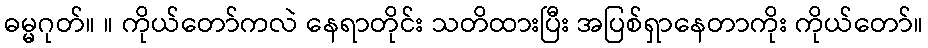
ဓမ္မဂုတ်။ ။ ကိုယ်တော်ကလဲ နေရာတိုင်း သတိထားပြီး အပြစ်ရှာနေတာကိုး ကိုယ်တော်။